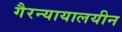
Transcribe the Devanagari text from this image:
गैरन्यायालयीन